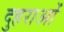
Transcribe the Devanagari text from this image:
दुहराओं